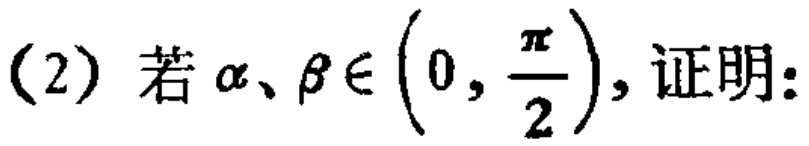
(2) 若\(\alpha、\beta\in\left(0,\frac{\pi}{2}\right)\)，证明：